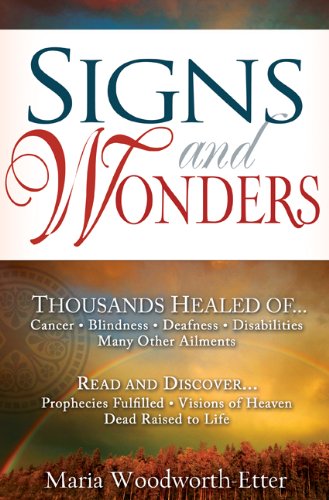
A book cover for Signs And Wonders; Maria Woodworth Etter; Christian Books & Bibles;